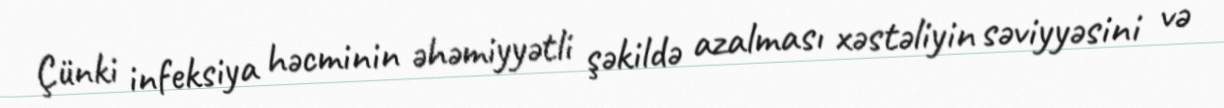
Çünki infeksiya həcminin əhəmiyyətli şəkildə azalması xəstəliyin səviyyəsini və